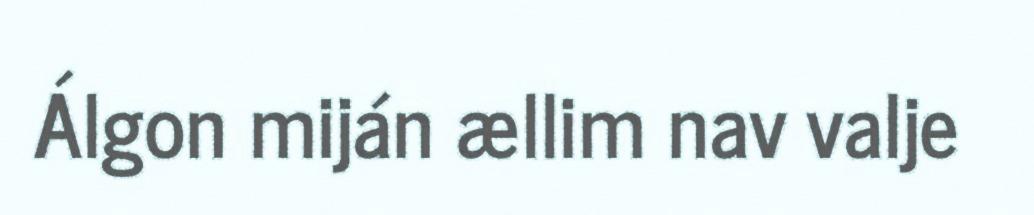
Álgon miján ællim nav valje